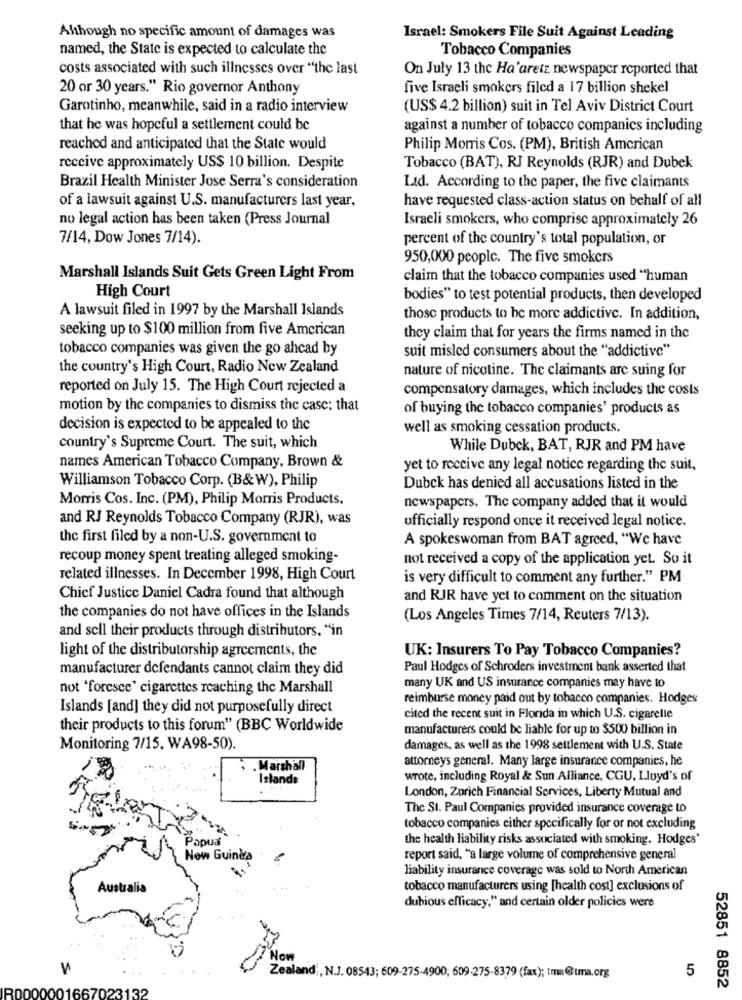
Although no specific amount of damages was
Israel: Smokers File Suit Against Leading
named, the State is expected to calculate the
Tobacco Companies
costs associated with such illnesses over "the last
On July 13 the Ha'aretz newspaper reported that
20 or 30 years." Rio governor Anthony
five Israeli smokers filed a 17 billion shekel
Garotinho, meanwhile, said in a radio interview
(US$ 4.2 billion) suit in Tel Aviv District Court
that he was hopeful a settlement could be
against a number of tobacco companies including
reached and anticipated that the State would
Philip Morris Cos. (PM), British American
receive approximately US$ 10 billion. Despite
Tobacco (BAT), RJ Reynolds (RJR) and Dubek
Brazil Health Minister Jose Serra's consideration
Ltd. According to the paper, the five claimants
of a lawsuit against U.S. manufacturers last year,
have requested class-action status on behalf of all
no legal action has been taken (Press Journal
Israeli smokers, who comprisc approximately 26
7/14, Dow Jones 7/14).
percent of the country's total population, or
950,000 people. The five smokers
Marshall Islands Suit Gets Green Light From
claim that the tobacco companies used "human
High Court
bodies" to test potential products, then developed
A lawsuit filed in 1997 by the Marshall Islands
those products to be more addictive. In addition,
seeking up to $100 million from five American
they claim that for years the firms named in the
tobacco companies was given the go ahead by
suit misled consumers about the "addictive"
the country's High Court, Radio New Zealand
nature of nicotine. The claimants are suing for
reported on July 15. The High Court rejected a
compensatory damages, which includes the costs
motion by the companies to dismiss the case; that
of buying the tobacco companies' products as
decision is expected to be appealed to the
well as smoking cessation products.
country's Supreme Court. The suit, which
While Dubek, BAT, RJR and PM have
names American Tobacco Company, Brown &
yet to receive any legal notice regarding the suit,
Williamson Tobacco Corp. (B&W), Philip
Dubck has denied all accusations listed in the
Morris Cos. Inc. (PM), Philip Morris Products.
newspapers. The company added that it would
and RJ Reynolds Tobacco Company (RJR), was
officially respond once it received legal notice.
the first filed by a non-U.S. government to
A spokeswoman from BAT agreed, "We have
recoup money spent treating alleged smoking-
not received a copy of the application yet. So it
related illnesses. In December 1998, High Court
is very difficult to comment any further." PM
Chief Justice Daniel Cadra found that although
and RJR have yet to comment on the situation
the companies do not have offices in the Islands
(Los Angeles Times 7/14, Reuters 7/13).
and sell their products through distributors. "in
light of the distributorship agreements, the
UK: Insurers To Pay Tobacco Companies?
manufacturer defendants cannot claim they did
Paul Hodges of Schroders investment bank asserted that
not 'foresee' cigarettes reaching the Marshall
many UK and US insurance companies may have to
reimburse money paid out by tobacco companies. Hodges
Islands [and] they did not purposefully direct
cited the recent suit in Florida in which U.S. cigarelle
their products to this forum" (BBC Worldwide
manufacturers could be liable for up to $500 billion in
Monitoring 7/15, WA98-50).
damages, as well as the 1998 settlement with U.S. State
attorneys general. Many large insurance companies, he
. Marshall
Islands
wrote, including Royal & Sun Alliance, CGU, Lloyd's of
London, Zurich Financial Services, Liberty Mutual and
The St. Paul Companies provided insurance coverage to
tobacco companies either specifically for or not excluding
Papua
the health liability risks associated with smoking. Hodges'
New Guinea
report said, "a large volume of comprehensive general
liability insurance coverage was sold to North American
Australia
tobacco manufacturers using [health cost] exclusions of
dubious efficacy." and certain older policies were
5
Zealand ;, N.J. 08543; 609-275-4900; 609-275-8379 (fax); tma@tma.org
52851 8852
132